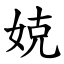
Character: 娔